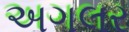
અગલર